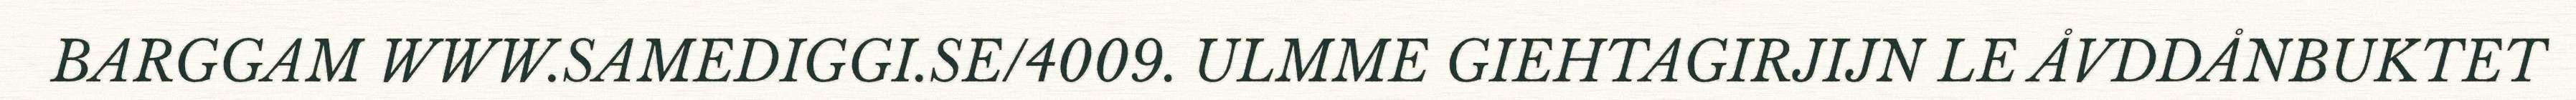
BARGGAM WWW.SAMEDIGGI.SE/4009. ULMME GIEHTAGIRJIJN LE ÅVDDÅNBUKTET